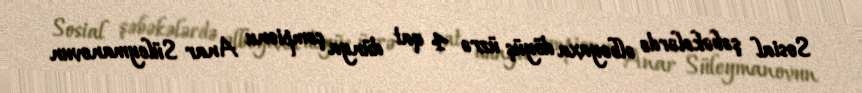
Sosial şəbəkələrdə əlbəyaxa döyüş üzrə 4 qat dünya çempionu Anar Süleymanovun